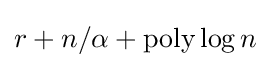
r+n/{\alpha }+{\text{poly}}\log {n}